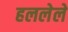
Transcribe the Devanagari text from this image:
हललेले